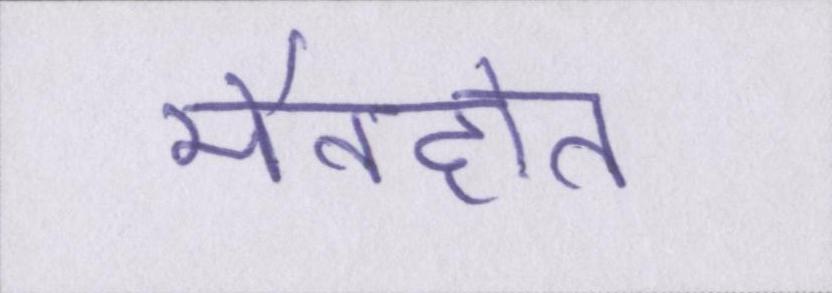
मैनहोल